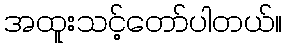
အထူးသင့်တော်ပါတယ်။